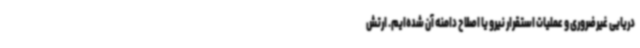
دریایی غیرضروری و عملیات استقرار نیرو یا اصلاح دامنه آن شده‌ایم. ارتش